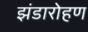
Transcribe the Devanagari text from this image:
झंडारोहण